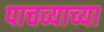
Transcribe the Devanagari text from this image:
पाचव्याच्या